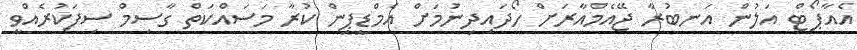
އެއާޕޯޓް އަލުން އަނބުރާ ޖޭއެމްއާރަށް ހޯދައިދިނުމަށް އެމްޑީޕީން ކުރާ މަސައްކަތް ގާސިމް ސިފަކުރެއްވީ